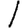
Digit: 1